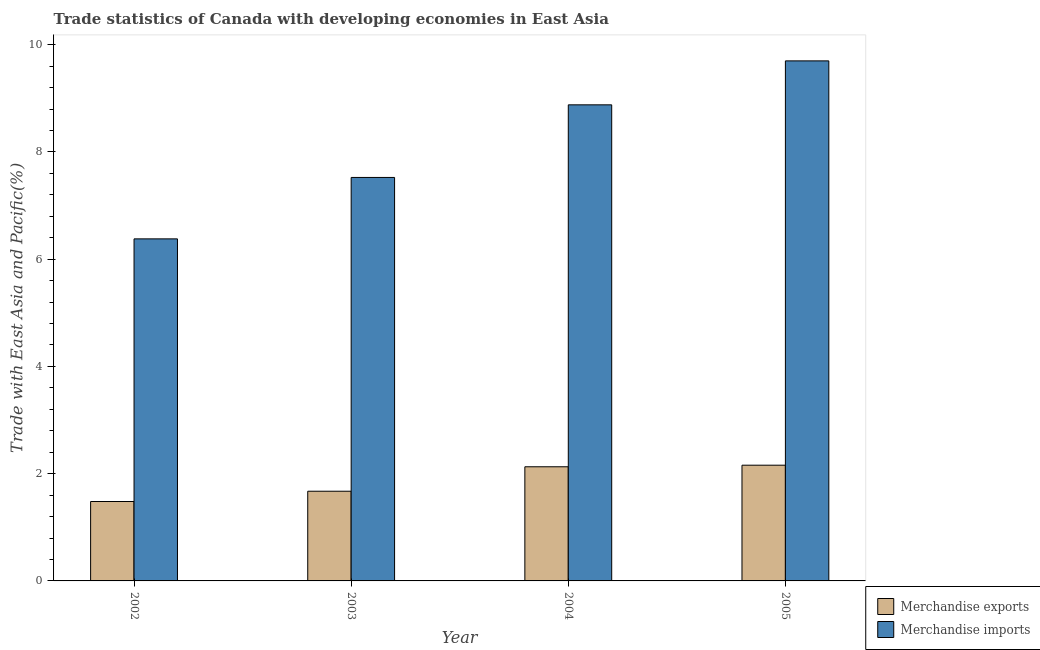
| Year | Merchandise exports | Merchandise imports |
 | --- | --- | --- |
 | 2002 | 1.48 | 6.38 |
 | 2003 | 1.67 | 7.52 |
 | 2004 | 2.13 | 8.88 |
 | 2005 | 2.16 | 9.7 |